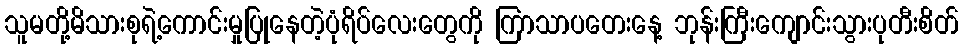
သူမတို့မိသားစုရဲ့ကောင်းမှုပြုနေတဲ့ပုံရိပ်လေးတွေကို ကြာသာပတေးနေ့ ဘုန်းကြီးကျောင်းသွားပုတီးစိတ်